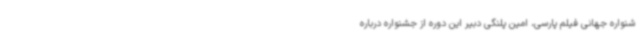
شنواره جهانی فیلم پارسی، امین پلنگی دبیر این دوره از جشنواره درباره